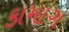
કામાગ